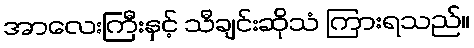
အာလေးကြီးနှင့် သီချင်းဆိုသံ ကြားရသည်။